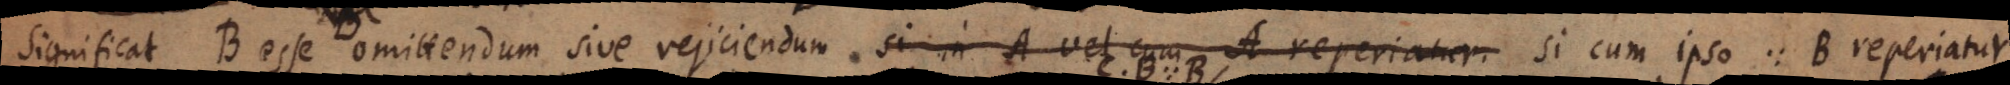
significat B esse omittendum sive rejiciendum si in A vel cum A cum ipso > B reperiat